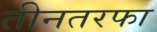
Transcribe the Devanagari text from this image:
तीनतरफा